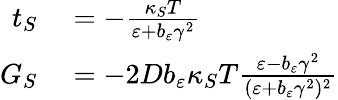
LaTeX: \begin{array}{rl}{t_{S}}&{{}=-\frac{\kappa_{S}T}{\varepsilon+b_{\varepsilon}\gamma^{2}}}\\ {G_{S}}&{{}=-2Db_{\varepsilon}\kappa_{S}T\frac{\varepsilon-b_{\varepsilon}\gamma^{2}}{(\varepsilon+b_{\varepsilon}\gamma^{2})^{2}}}\end{array}